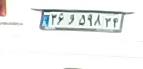
۳۶و۵۹۸۳۴